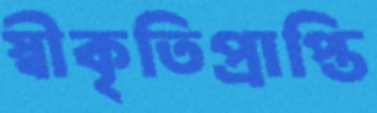
স্বীকৃতিপ্রাপ্তি